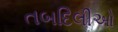
તબદિલીઓ